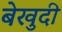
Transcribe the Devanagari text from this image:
बेखुदी